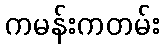
ကမန်းကတမ်း